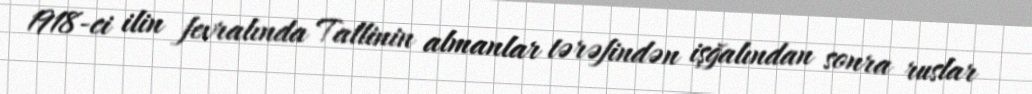
1918-ci ilin fevralında Tallinin almanlar tərəfindən işğalından sonra ruslar